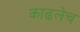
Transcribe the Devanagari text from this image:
काढलेच